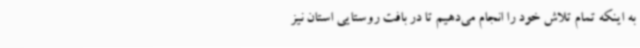
به اینکه تمام تلاش خود را انجام می‌دهیم تا در بافت روستایی استان نیز